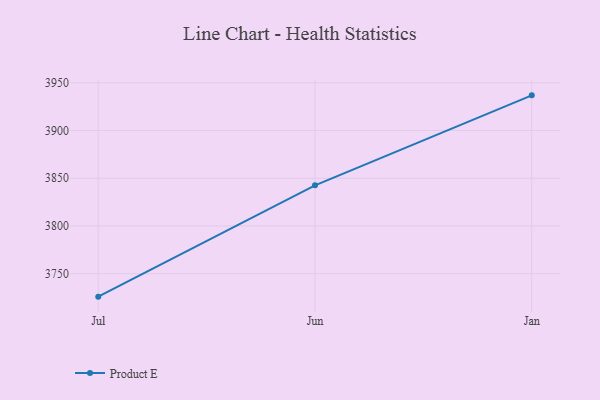
{"axis": {"x": "Month", "y": "Temperature (°C)"}, "legend": ["Product E"], "data": [{"x": "Jul", "y": 3726.0, "type": "Product E"}, {"x": "Jun", "y": 3842.6, "type": "Product E"}, {"x": "Jan", "y": 3936.8, "type": "Product E"}]}